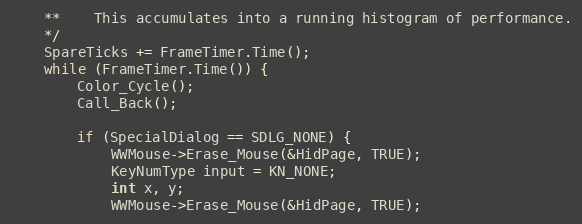
Language: C++
	**	This accumulates into a running histogram of performance.
	*/
	SpareTicks += FrameTimer.Time();
	while (FrameTimer.Time()) {
		Color_Cycle();
		Call_Back();

		if (SpecialDialog == SDLG_NONE) {
			WWMouse->Erase_Mouse(&HidPage, TRUE);
			KeyNumType input = KN_NONE;
			int x, y;
			WWMouse->Erase_Mouse(&HidPage, TRUE);